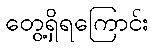
တွေ့ရှိရကြောင်း